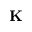
\mathbf { K }